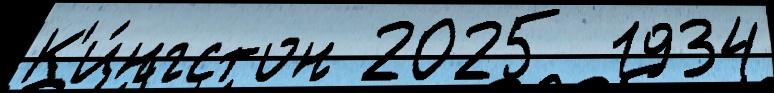
К'и́нгстон 2025  1934